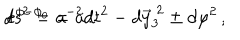
d s ^ { 2 } = a ^ { - 2 } d t ^ { 2 } - d \vec { y } _ { 3 } ^ { \ 2 } \pm d \varphi ^ { 2 } \, , \hspace { 1 c m } e ^ { \phi - \phi _ { 0 } } = a \, .